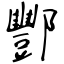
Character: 酆